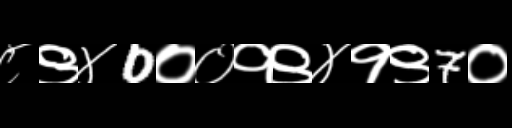
Text: ८९४0००१९४१९7०